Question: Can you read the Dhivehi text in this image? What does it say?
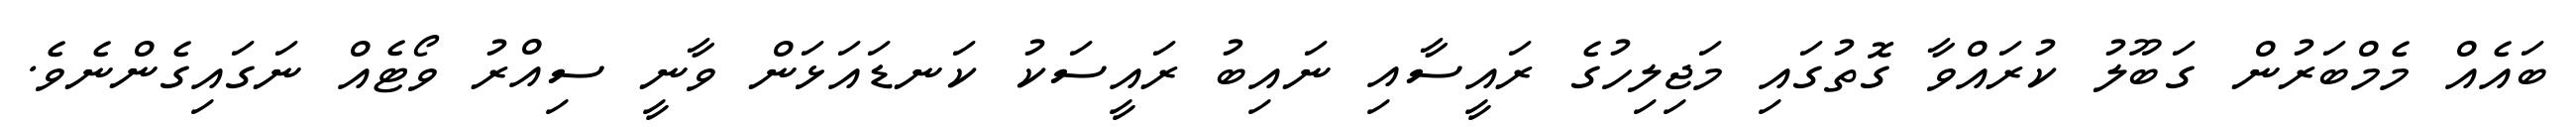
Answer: ބައެއް މެމްބަރުން ގަބޫލު ކުރައްވާ ގޮތުގައި މަޖިލިހުގެ ރައީސާއި ނައިބު ރައީސަކު ކަނޑައަޅަން ވާނީ ސިއްރު ވޯޓެއް ނަގައިގެންނެވެ.